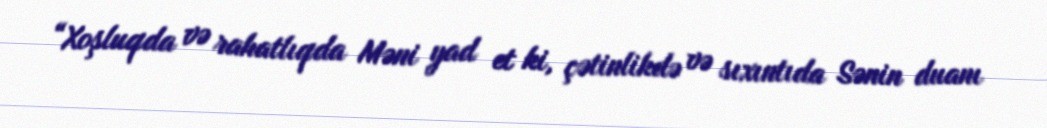
“Xoşluqda və rahatlıqda Məni yad et ki, çətinlikdə və sıxıntıda Sənin duanı